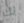
لك